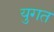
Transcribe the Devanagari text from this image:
युगत